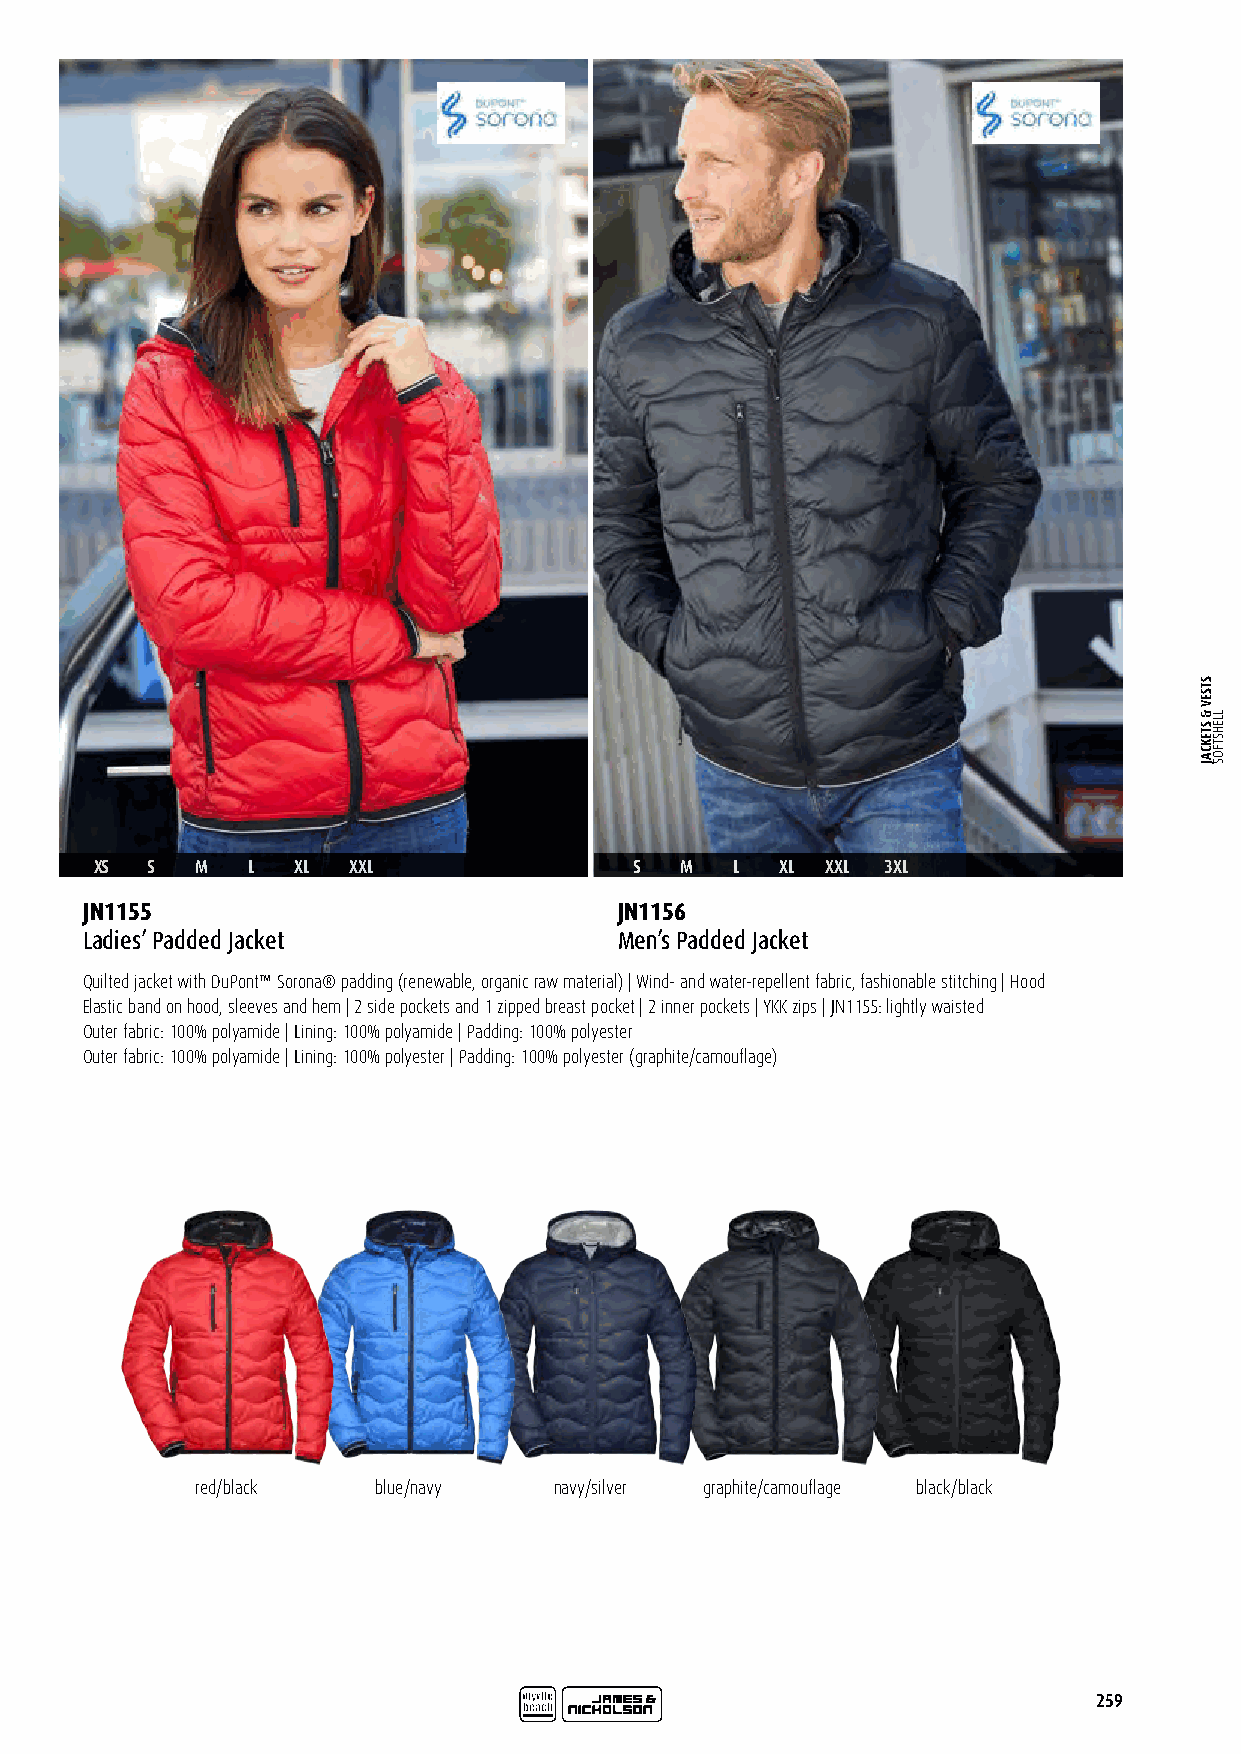
XS  S  M  L   XL XXL                S  M   L  XL XXL 3XL
 JN1155                              JN1156
 Ladies’ Padded Jacket               Men’s Padded Jacket
 Quilted jacket with DuPont™ Sorona® padding (renewable, organic raw material) | Wind- and water-repellent fabric, fashionable stitching | Hood
 Elastic band on hood, sleeves and hem | 2 side pockets and 1 zipped breast pocket | 2 inner pockets | YKK zips | JN1155: lightly waisted
 Outer fabric: 100% polyamide | Lining: 100% polyamide | Padding: 100% polyester
 Outer fabric: 100% polyamide | Lining: 100% polyester | Padding: 100% polyester (graphite/camouflage)
 red/black   blue/navy   navy/silver graphite/camouflage black/black
 259
 STSEV
 &
 STEKCAJ
 LLEHSTFOS